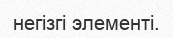
негізгі элементі.